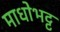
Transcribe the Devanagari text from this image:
माधोभट्ट